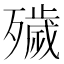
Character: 𣩪